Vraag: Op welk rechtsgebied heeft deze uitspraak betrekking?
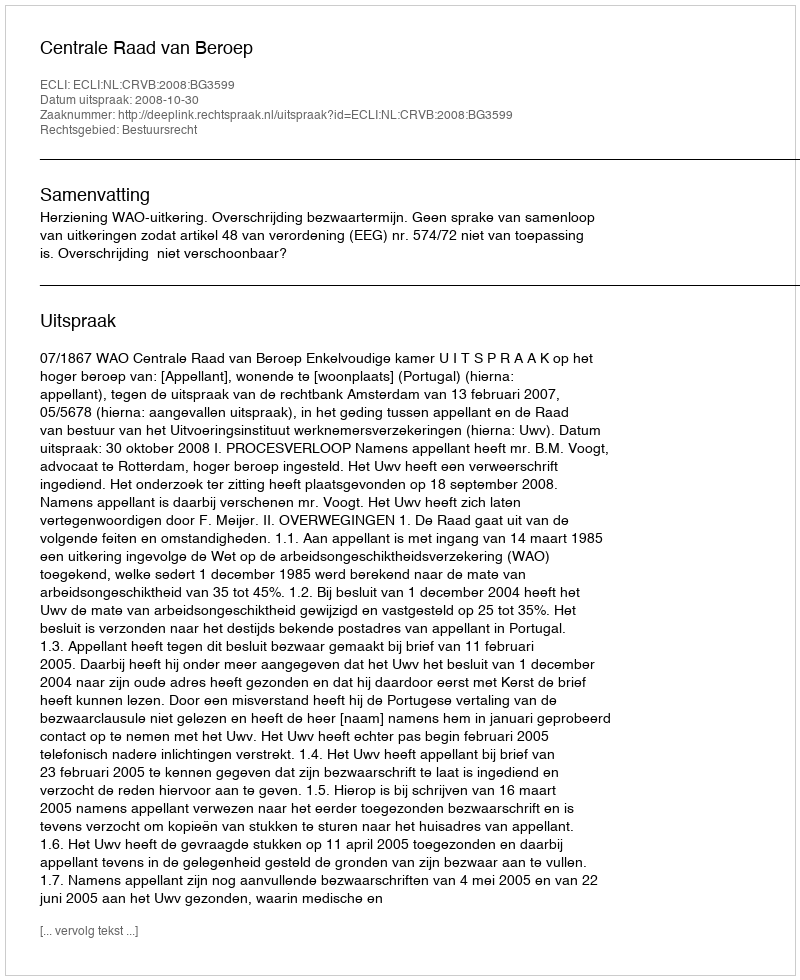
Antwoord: Bestuursrecht